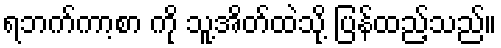
ရဘက်ကာ့စာ ကို သူ့အိတ်ထဲသို့ ပြန်ထည့်သည်။